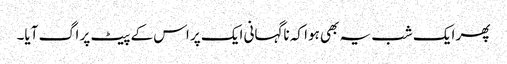
پھر ایک شب یہ بھی ہوا کہ ناگہانی ایک پر اس کے پیٹ پر اگ آیا۔